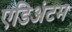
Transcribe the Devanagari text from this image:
एडिअंटम